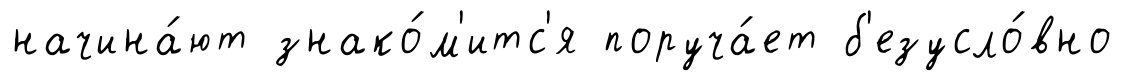
начина́ют знако́м'итс'я поруча́ет б'езусло́вно